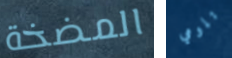
المضخة تلومي